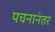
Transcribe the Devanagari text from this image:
पचनानंतर